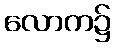
လောက၌